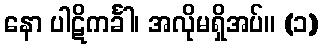
နော ပါဋိကင်္ခါ၊ အလိုမရှိအပ်။ (၁)